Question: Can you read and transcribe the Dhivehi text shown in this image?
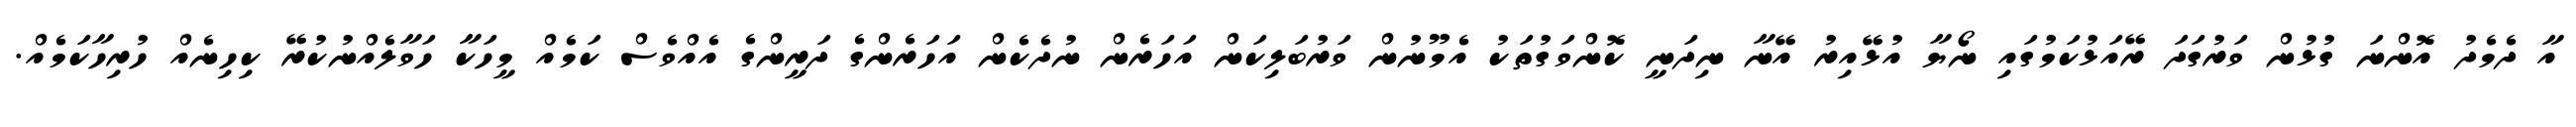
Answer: އާ ދެމެދު އޮންނަ ގުޅުން ވަރުގަދަ ރޭއަޅުކަމުގައި ނޯޔާ އުޅޭއިރު އޭނާ ނިދަނީ ކޮންވަގުތަކު އެމޫނުން ވަރުބަލިކަން އަހަރެން ނުދެކެން އަހަރެންގެ ދަރީންގެ އެއްވެސް ކަމެއް މީހަކާ ހަވާލެއްނުކުރޭ ކިހިނެއް ހުރިހާކަމެއް.